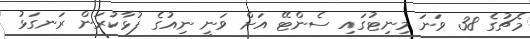
މެޗުގެ 38 ވަނަ މިނިޓުގައި ސެންޓޭ އަށް ވަނީ ނިއުގެ ފުޅާކުރަން ރަނގަޅު